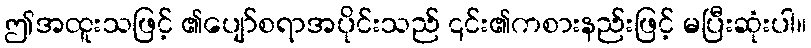
ဤအထူးသဖြင့် ၏ပျော်စရာအပိုင်းသည် ၎င်း၏ကစားနည်းဖြင့် မပြီးဆုံးပါ။